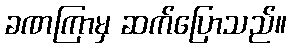
ခဏကြာမှ ဆက်ပြောသည်။